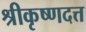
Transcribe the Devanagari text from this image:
श्रीकृष्णदत्त